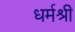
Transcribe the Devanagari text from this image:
धर्मश्री